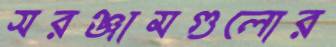
সরঞ্জামগুলোর